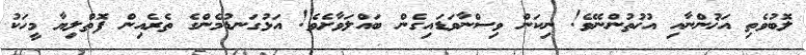
ލޮބުވެތި އަޚުންނާއި އުޚުތުންނޭވެ! ނިކަން ވިސްނާވަޑައިގެން ބައްލަވާށެވެ! އަޅުގަނޑުމެންގެ ތެރެއިން ފޮތްލިޔާ މީހަކު